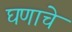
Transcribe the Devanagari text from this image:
घणाचे